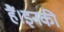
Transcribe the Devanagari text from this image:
हैं।इनकी